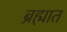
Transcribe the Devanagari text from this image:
ब्रह्मात